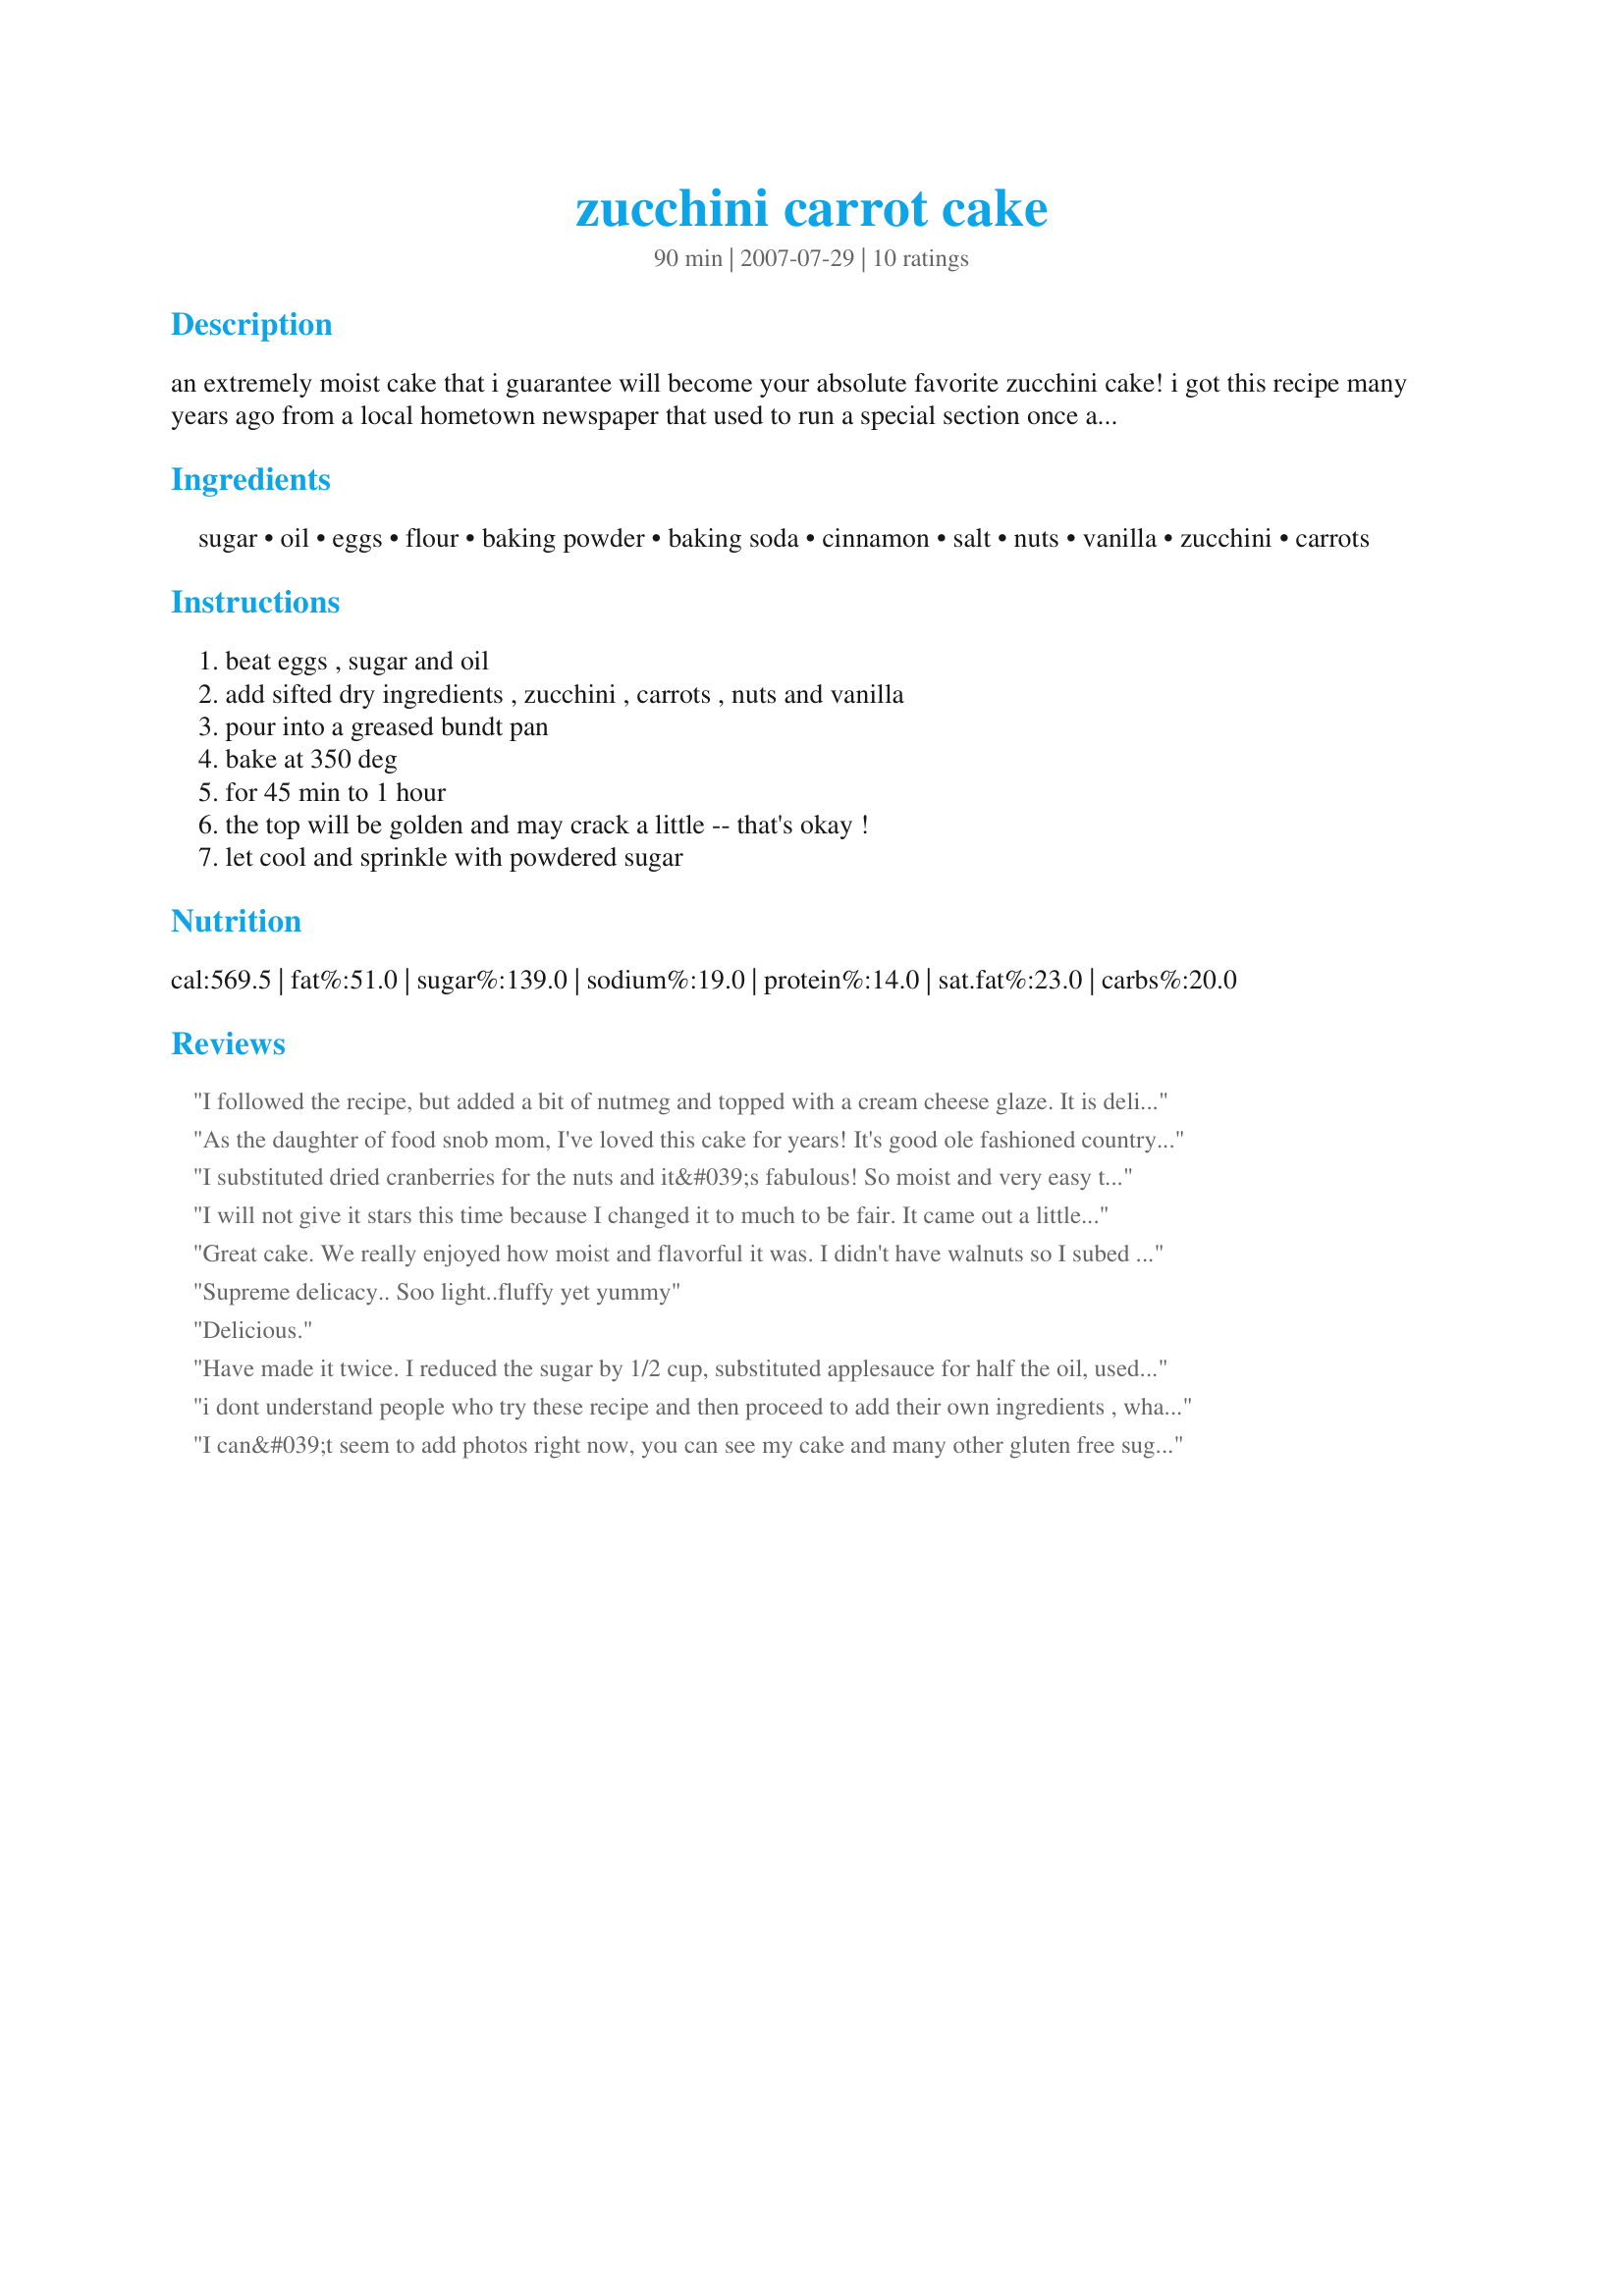
zucchini carrot cake
Preparation time: 90 minutes

an extremely moist cake that i guarantee will become your absolute favorite zucchini cake! i got this recipe many years ago from a local hometown newspaper that used to run a special section once a year with recipes submitted by local residents.

Ingredients:
sugar, oil, eggs, flour, baking powder, baking soda, cinnamon, salt, nuts, vanilla, zucchini, carrots

Steps:
beat eggs , sugar and oil, add sifted dry ingredients , zucchini , carrots , nuts and vanilla, pour into a greased bundt pan, bake at 350 deg, for 45 min to 1 hour, the top will be golden and may crack a little -- that's okay !, let cool and sprinkle with powdered sugar

Reviews:
I followed the recipe, but added a bit of nutmeg and topped with a cream cheese glaze. It is delicious. I think I&#039;ll bake multiples and freeze while the zucchini is growing fast and furious
As the daughter of food snob mom, I've loved this cake for years! It's good ole fashioned country goodness. A crispy top crust and a fluffly middle. A forgiving recipe, made extra tasty with coconut oil and extra zucchini and even mixing everything up in one bowl with egg beaters! Bring over your best crock, and make it large as this cake RISES to at least double in size in the oven, and cut bread size slices. Give it a dusting with powdered suger through a sieve and you've got yourself a gourmet dessert. A dallop of cream or even a minty ice cream would make a nice accompaniment. And a few of my kids even gobbled it down, too! Enjoy and thanks Mom for posting!<br/><br/>Edited to add: I forgot to mention that this cake only gets better with age. We are on the 4th day (it makes A LOT!!!) and it tastes even moister and fresher than the day I made it. Keep outside (not in the fridge) covered with foil. I think an airtight container might make it soggy! Anyways, with a bit of foil over the left overs, it's a MAGIC CAKE! :)
I substituted dried cranberries for the nuts and it&#039;s fabulous! So moist and very easy to make, it actually took me longer to shred the veggies than the everything else. Trying anything to get some veggies in get he kids any chance I get and they love it. Going to try fresh cranberries next time.
I will not give it stars this time because I changed it to much to be fair. It came out a little dry, I may have cooked it a few minutes to long. I also used half the oil and subbed 3/4 cup of applesauce. Used 2 cups zuc and 1 cup carrot and 1 small banana. I also didn&#039;t add nuts, just didn&#039;t have them on hand. The possible biggest change was 2 cups wheat flour and 1 cup white flour. The other big change was 1 and 1/2 cups Stevia and 1/2 cup real sugar. I will make again hopefully soon and give it the stars it probably deserves. I was a little disappointed with my MUCH healthier version.
Great cake. We really enjoyed how moist and flavorful it was. I didn't have walnuts so I subed in almonds and a splash of almond extract. It had such a rich flavor there was no need for any icing or powdered sugar.
Supreme delicacy.. Soo light..fluffy yet yummy
Delicious.
Have made it twice. I reduced the sugar by 1/2 cup, substituted applesauce for half the oil, used raisins instead of nuts, and added 1/2 teaspoon nutmeg. Turned great both times, and family loves it!
i dont understand people who try these recipe and then proceed to add their own ingredients , whats the point of you saying &quot;it turned out great&quot; you didnt even make it the way it was written...
I can&#039;t seem to add photos right now, you can see my cake and many other gluten free sugar free recipes on my instagram lamb_fitness
